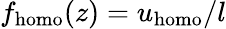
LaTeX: f_{\mathrm{homo}}(z)=u_{\mathrm{homo}}/l